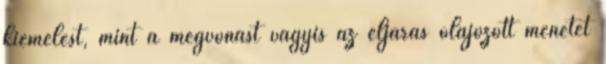
kiemelést, mint a megvonást vagyis az eljárás olajozott menetét